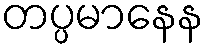
တပ္ပမာနေန